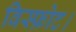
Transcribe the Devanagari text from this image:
विस्फ़ोट।